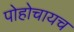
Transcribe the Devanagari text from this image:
पोहोचायच